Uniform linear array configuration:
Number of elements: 24
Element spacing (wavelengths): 0.5
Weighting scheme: blackman
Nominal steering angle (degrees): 60
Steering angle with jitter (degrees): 58.361
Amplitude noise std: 0.05
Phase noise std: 0.05

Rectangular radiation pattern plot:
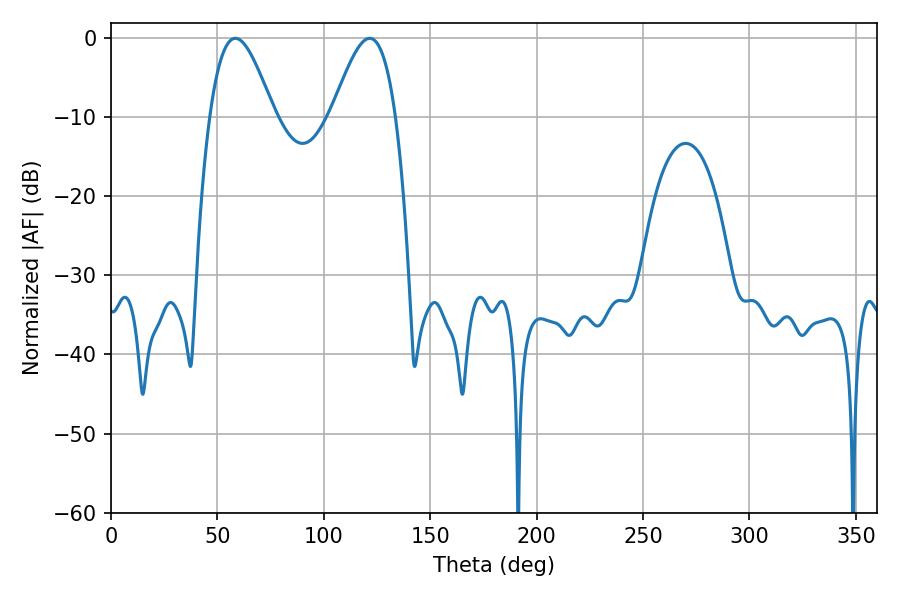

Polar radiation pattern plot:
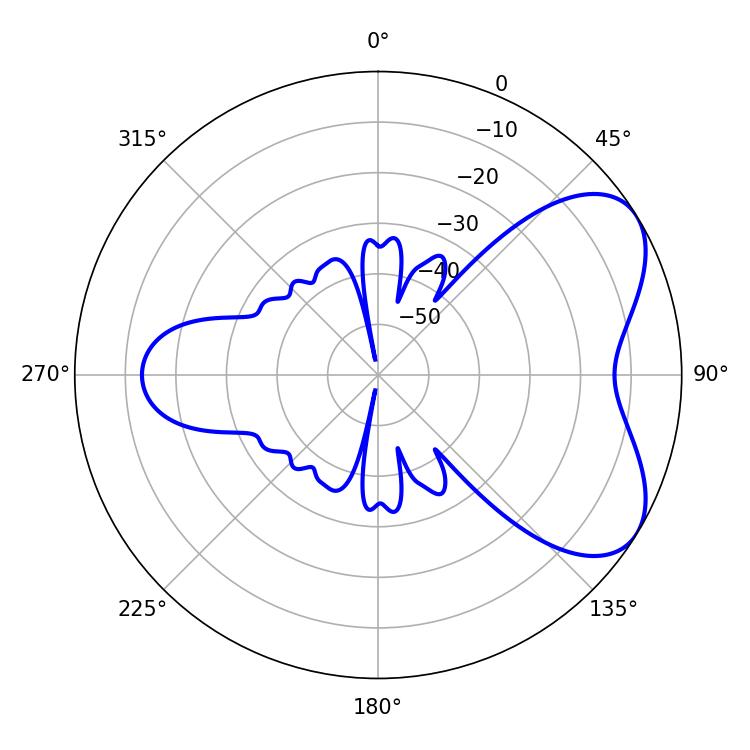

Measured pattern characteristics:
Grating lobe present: FALSE
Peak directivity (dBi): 5.732
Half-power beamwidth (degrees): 16.2
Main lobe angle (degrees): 58.5